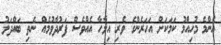
އެންމެ މުހިއްމު ކަމަކަށް އަހަރެންގެ ވެރި އިލާހާ އެއްވެސް ފަރުދާވުމެއް ނެތި ބައްދަލު